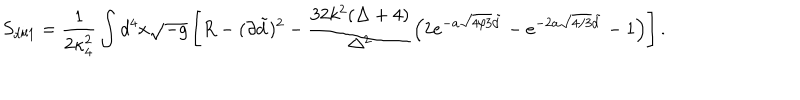
S _ { \mathrm { d i l 1 } } = { \frac { 1 } { 2 \kappa _ { 4 } ^ { 2 } } } \int d ^ { 4 } x \sqrt { - g } \left[ R - ( \partial \tilde { d } ) ^ { 2 } - \frac { 3 2 k ^ { 2 } ( \Delta + 4 ) } { \Delta ^ { 2 } } \left( 2 e ^ { - a \sqrt { 4 / 3 } \tilde { d } } - e ^ { - 2 a \sqrt { 4 / 3 } \tilde { d } } - 1 \right) \right] .